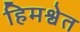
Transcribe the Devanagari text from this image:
हिमश्वेत